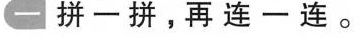
一 拼一拼，再连一连。